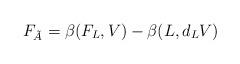
LaTeX: \begin{align*}F_{\tilde A} = \beta(F_L, V) - \beta(L, d_L V) \end{align*}